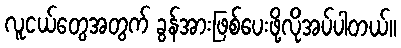
လူငယ်တွေအတွက် ခွန်အားဖြစ်ပေးဖို့လိုအပ်ပါတယ်။